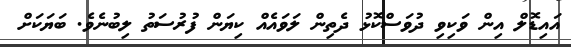
އައިޑޮލް އިން ވަކިވި ދުވަސްކޮޅު ދެތިން ލަވައެއް ކިޔަން ފުރުސަތު ލިބުނެވެ. ބަޔަކަށް